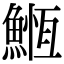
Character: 䱭